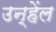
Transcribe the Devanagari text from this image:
उन्हेंल